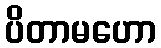
ပိတာမဟော